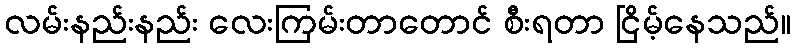
လမ်းနည်းနည်း လေးကြမ်းတာတောင် စီးရတာ ငြိမ့်နေသည်။